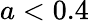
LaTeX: a<0.4